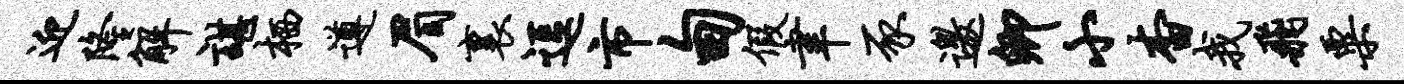
迎隆解谌栖遵眉里逗市甸假聿豕邀卿小杳我飞粟